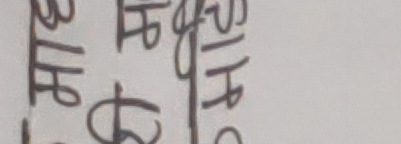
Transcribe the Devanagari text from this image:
अ भि | श्री